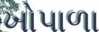
ખોપાળા